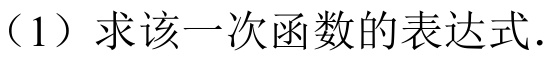
（1）求该一次函数的表达式.